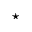
\star